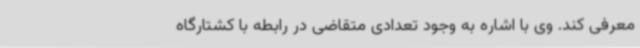
معرفی کند. وی با اشاره به وجود تعدادی متقاضی در رابطه با کشتارگاه